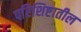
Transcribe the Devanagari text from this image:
परिशिष्टातील